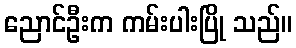
ညောင်ဦးက ကမ်းပါးပြို သည်။